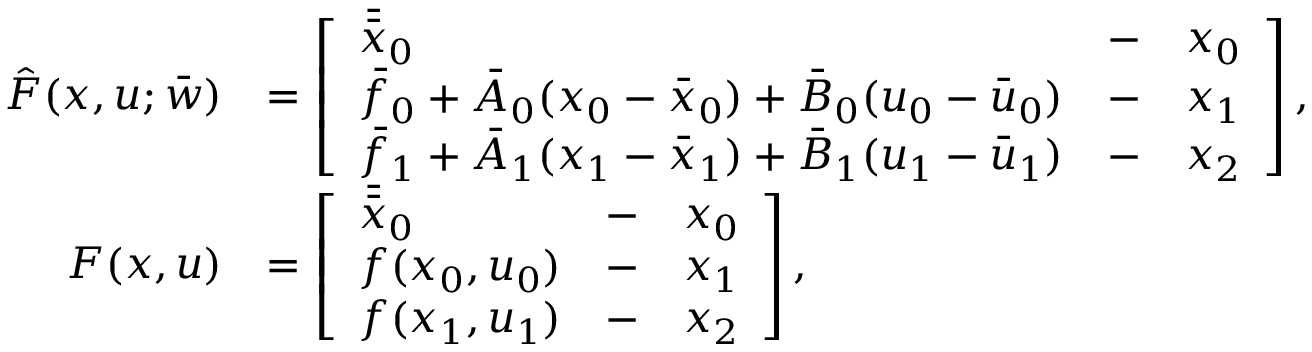
\begin{array} { r l } { \hat { F } ( x , u ; \bar { w } ) } & { = \left[ \begin{array} { l l l } { \bar { \bar { x } } _ { 0 } } & { - } & { x _ { 0 } } \\ { \bar { f } _ { 0 } + \bar { A } _ { 0 } ( x _ { 0 } - \bar { x } _ { 0 } ) + \bar { B } _ { 0 } ( u _ { 0 } - \bar { u } _ { 0 } ) } & { - } & { x _ { 1 } } \\ { \bar { f } _ { 1 } + \bar { A } _ { 1 } ( x _ { 1 } - \bar { x } _ { 1 } ) + \bar { B } _ { 1 } ( u _ { 1 } - \bar { u } _ { 1 } ) } & { - } & { x _ { 2 } } \end{array} \right] , } \\ { F ( x , u ) } & { = \left[ \begin{array} { l l l } { \bar { \bar { x } } _ { 0 } } & { - } & { x _ { 0 } } \\ { f ( x _ { 0 } , u _ { 0 } ) } & { - } & { x _ { 1 } } \\ { f ( x _ { 1 } , u _ { 1 } ) } & { - } & { x _ { 2 } } \end{array} \right] , } \end{array}